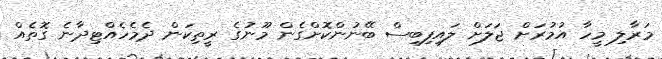
މަރާލި މީހާ އުމުރަށް ޖަލަށް ލައިފިބިސް ބޭނުންކޮށްގެން މޫނުގެ ރީތިކަން ދެމެހެއްޓިދާނެ ގޮތެއް